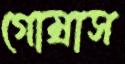
গোম্‌রাস